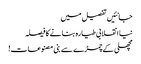
جانئیں تفصیل میں
نیا انقلابی طیارہ بنانے کا فیصلہ
مچھلی کے چمڑے سے بنی مصنوعات!